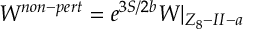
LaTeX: { \cal W } ^ { n o n - p e r t } = e ^ { 3 S / 2 b } { \cal W } | _ { Z _ { 8 } - I I - a }